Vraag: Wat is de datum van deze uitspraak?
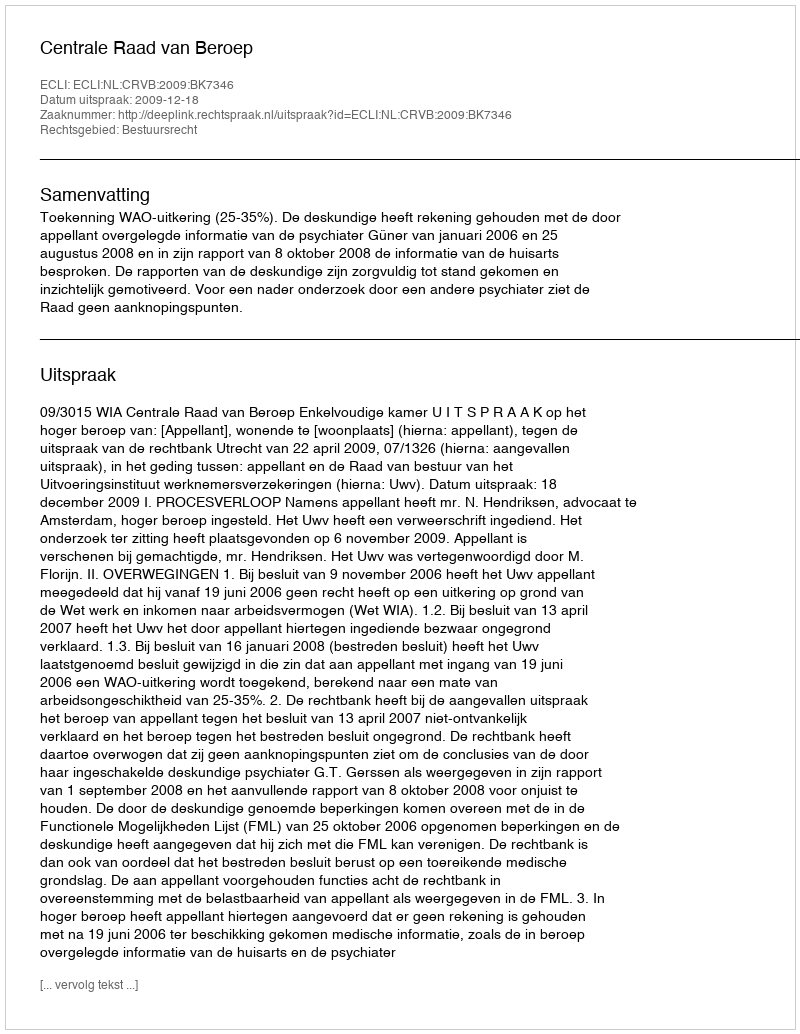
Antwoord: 2009-12-18